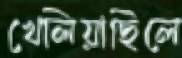
খেলিয়াছিলে